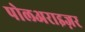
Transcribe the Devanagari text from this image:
पोलअराइज़र